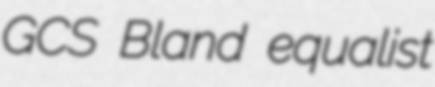
GCS Bland equalist